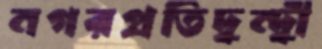
নগরপ্রতিদ্বন্দ্বী